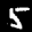
Label: 5